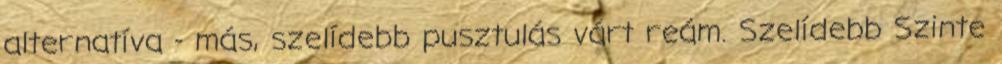
alternatíva - más, szelídebb pusztulás várt reám. Szelídebb Szinte